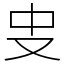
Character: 㕜